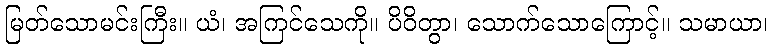
မြတ်သောမင်းကြီး။ ယံ၊ အကြင်သေကို။ ပိဝိတွာ၊ သောက်သောကြောင့်။ သမာယာ၊